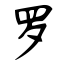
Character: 罗